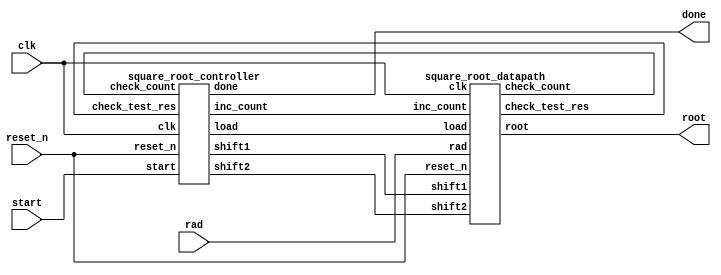
module square_root (
    input clk,
    input reset_n, 
    input start,
    input [31:0] rad,
    output [31:0] root,
    output done
    );

    wire check_test_res;
    wire check_count;
    wire load;
    wire shift1;
    wire shift2;
    wire inc_count;

    square_root_controller           
    square_root_controller_instance(   
        .clk                    (clk                    ),
        .reset_n                (reset_n                ),
        .start                  (start               ),
        .check_test_res   (check_test_res     ),
        .check_count     (check_count      ),
        .done           (done ),
        .load     (load     ),
        .shift1      (shift1      ),
        .shift2      (shift2      ),
        .inc_count    (inc_count      )
    );

    square_root_datapath           
    square_root_datapath_instance(   
        .clk                    (clk                    ),
        .reset_n                (reset_n                ),
        .rad                (rad               ),
        .check_test_res   (check_test_res     ),
        .check_count     (check_count      ),
        .load     (load     ),
        .shift1      (shift1      ),
        .shift2      (shift2      ),
        .inc_count    (inc_count      ),
        .root (root)
    );




endmodule

//-----------------------------------------------
module square_root_controller (
    input clk, 
    input reset_n,
    input start, 
    input check_test_res, check_count,
    output reg done,
    output reg load, shift1, shift2, inc_count 
    );

    localparam IDLE     = 0;
    localparam COMPUTE  = 1;
    localparam END    = 2;

    reg [1:0] current_state, next_state;


    always @ (*) begin
        load        = 0;
        shift1      = 0; 
        shift2      = 0;
        inc_count   = 0;
        done        = 0;
        case(current_state)
        IDLE: begin
            if (start) begin
                load        = 1;
                next_state  = COMPUTE;
            end else begin
                next_state  = IDLE;
            end
        end

        COMPUTE: begin
            if (check_test_res) shift1 = 1;
            else shift2 = 1;
            inc_count = 1;
            next_state = check_count ? END : COMPUTE;
        end

        END: begin
            done        = 1;
            next_state  = IDLE;
        end

        default: begin 
                next_state = IDLE;
        end
        endcase
    end


    always @(posedge clk or negedge reset_n)
    begin
        if (!reset_n)
            current_state <= IDLE;
        else
            current_state <= next_state;
    end
endmodule


//-----------------------------------------------
module square_root_datapath (
    input clk, 
    input reset_n,
    input [31:0] rad,
    input load, shift1, shift2, inc_count,
    output check_test_res, check_count,
    output [31:0] root
    );

    reg [31:0] x;
    reg [31:0] q;
    reg [33:0] ac;
    reg [4:0] count;

    wire [33:0] test_res;


    assign test_res = ac - {q, 2'b01};
    assign check_test_res = (test_res[33] == 0);
    assign check_count = (count == 27);
    assign root = q;

    always @ (posedge clk, negedge reset_n)
    begin
        if (~reset_n) begin
            x <= 0;
            q <= 0; 
            ac <= 0;
            count <= 0;
        end 
        else begin
                if(load) begin
                    {ac, x} <= {{32{1'b0}}, rad, 2'b0};
                    count <= 0;
                    q <= 0;
                end 
                if(shift1) begin
                    {ac, x} <= {test_res[31:0], x, 2'b0};
                    q <= {q[30:0], 1'b1};
                end 
                if(shift2) begin
                    {ac, x} <= {ac[31:0], x, 2'b0};
                    q <= q << 1;
                end 
                if (inc_count) begin
                    count <= count + 1;
                end 
        end
    end  
endmodule